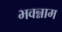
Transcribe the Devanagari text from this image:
भवन्नाम